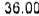
36.00